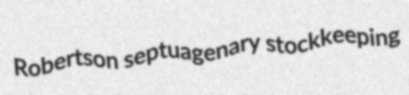
Robertson septuagenary stockkeeping